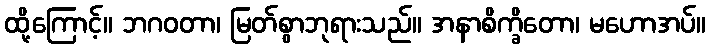
ထို့ကြောင့်။ ဘဂဝတာ၊ မြတ်စွာဘုရားသည်။ အနာစိက္ခိတော၊ မဟောအပ်။